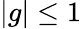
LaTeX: |g|\leq 1